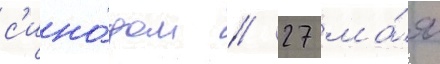
с'ино́дом // 27 ма́я